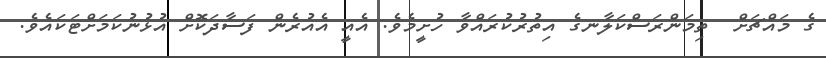
ގެ މައްޗަށް  ތިމަންރަސްކަލާނގެ އިތުރުކުރައްވާ ހުށީމެވެ. އެއީ އެއުރެން ފަސާދަކޮށް އުޅުނުކަމަށްޓަކައެވެ.